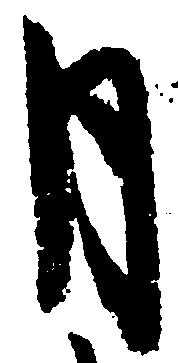
月